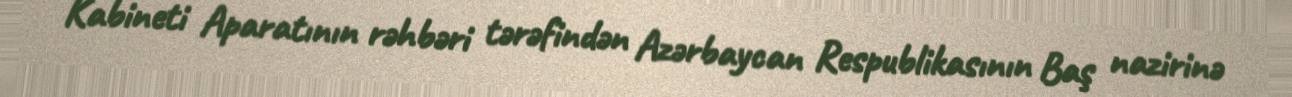
Kabineti Aparatının rəhbəri tərəfindən Azərbaycan Respublikasının Baş nazirinə